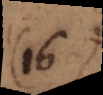
(12)